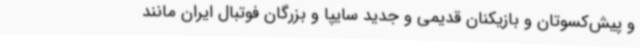
و پیش‌کسوتان و بازیکنان قدیمی و جدید سایپا و بزرگان فوتبال ایران مانند